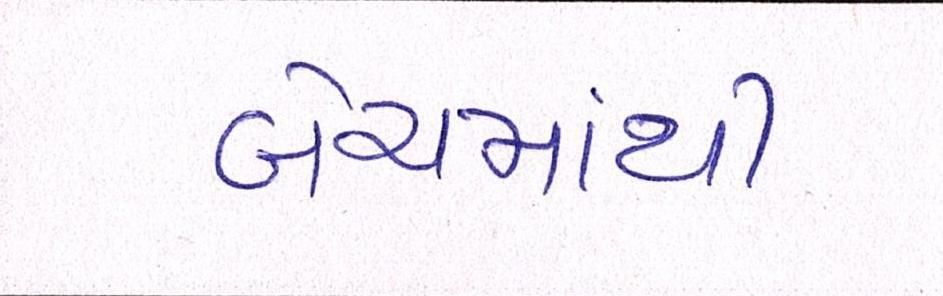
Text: બેચમાંથી